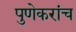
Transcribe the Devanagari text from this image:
पुणेकरांच